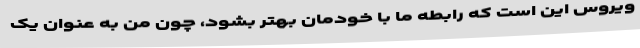
ویروس این است که رابطه ما با خودمان بهتر بشود، چون من به عنوان یک